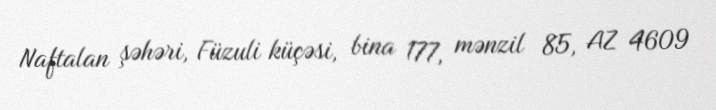
Naftalan şəhəri, Füzuli küçəsi, bina 177, mənzil 85, AZ 4609